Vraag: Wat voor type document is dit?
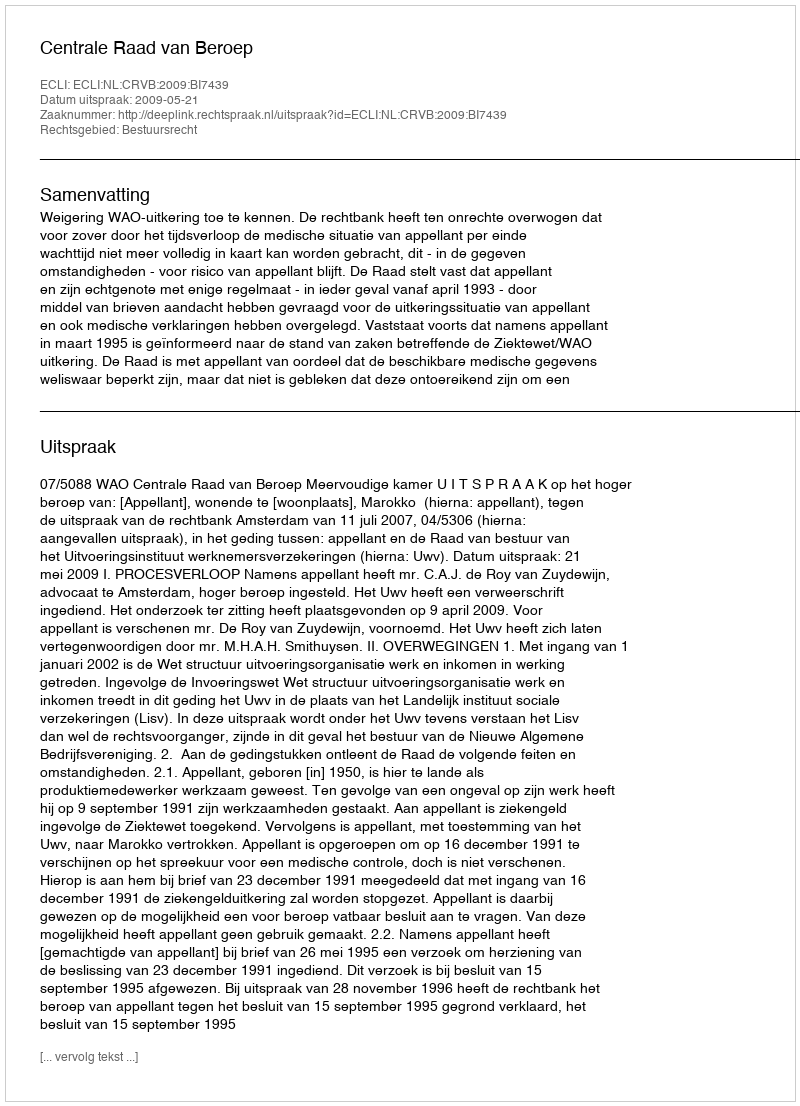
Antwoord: Uitspraak